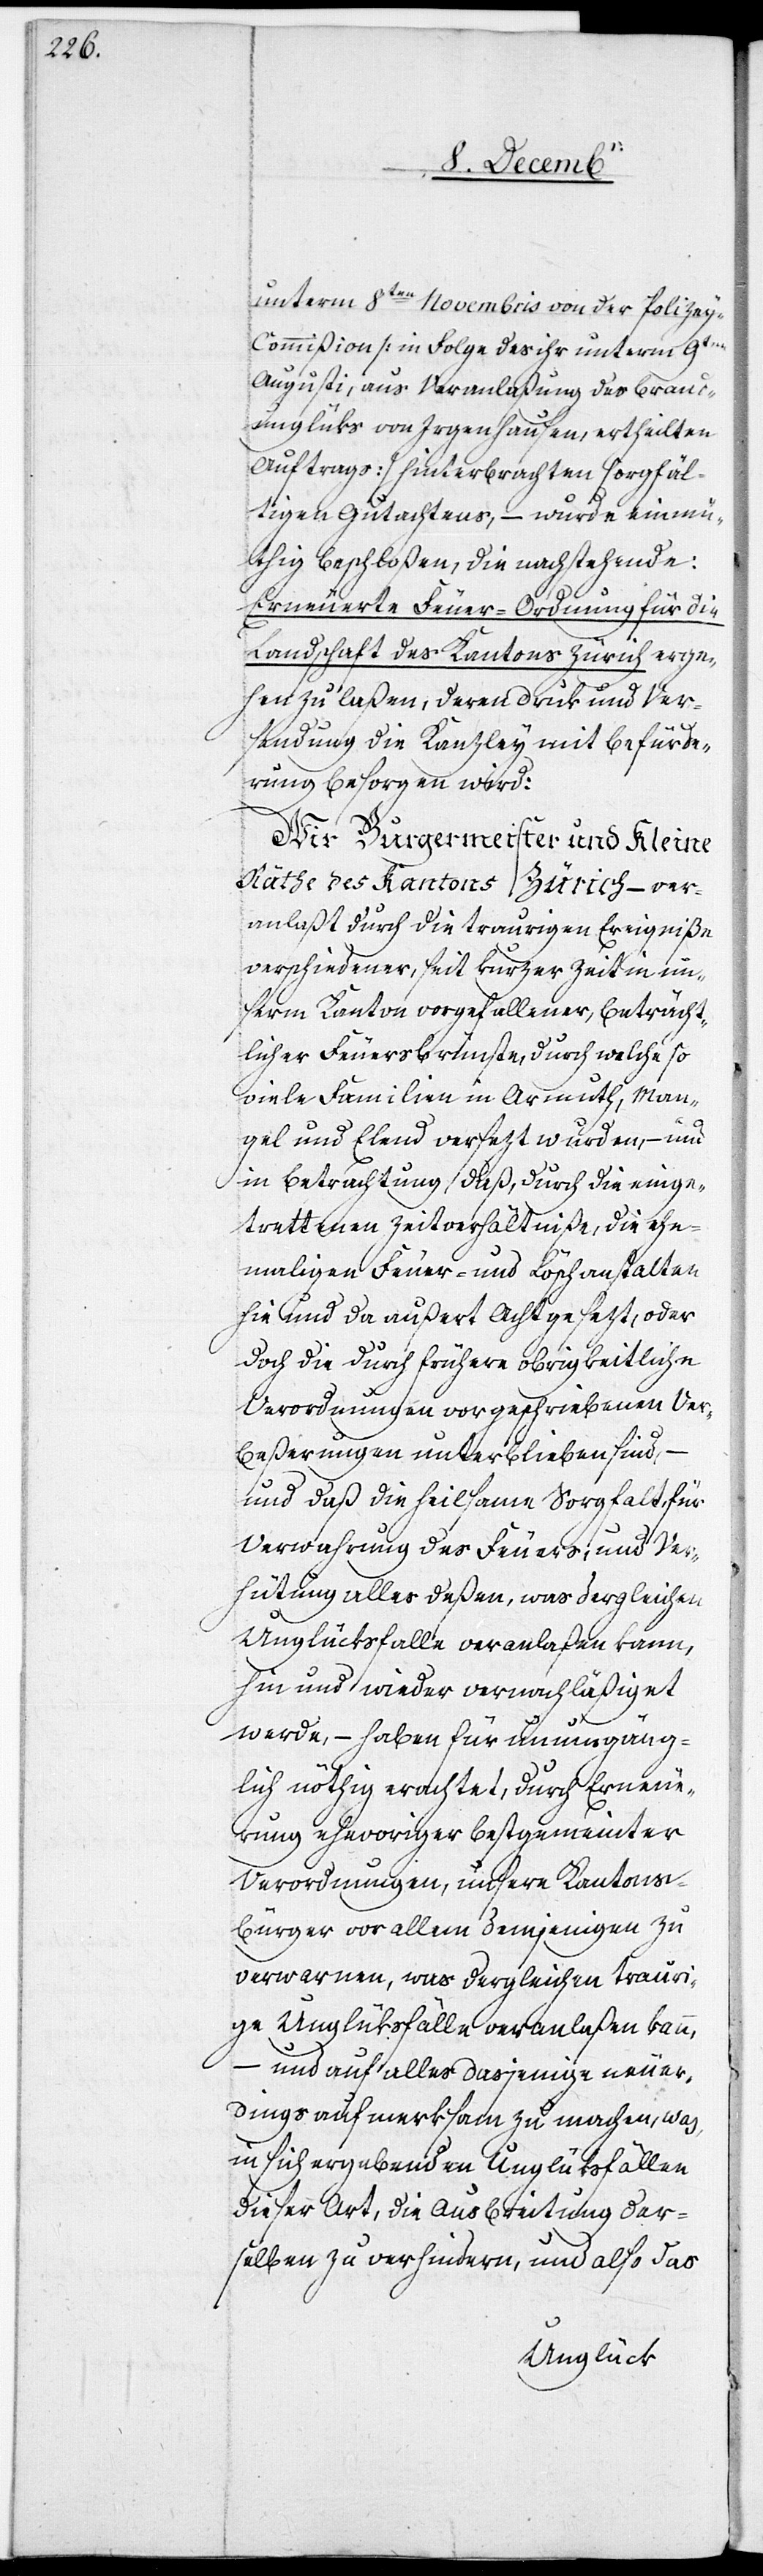
unterm 8ten Novembris von der Polize¬
y-Commißion [in Folge des ihr unterm 9ten
Augusti, aus Veranlaßung des Brand¬
unglüks von Irgenhausen, ertheilten
Auftrags] hinterbrachten sorgfäl¬
tigen Gutachtens, – wurde einmü¬
thig beschloßen, die nachstehende:
Erneuerte Feuer-Ordnung für die
Landschaft des Kantons Zürich erge¬
hen zu laßen, deren Druk und Ver¬
sendung die Kanzley mit Befürde¬
rung besorgen wird:
Wir Burgermeister und Kleine
Räthe des Kantons Zürich – ver¬
anlaßt durch die traurigen Ereigniße
verschiedener, seit kurzer Zeit in un¬
serm Kanton vorgefallener, beträcht¬
licher Feuersbrünste, durch welche so
viele Familien in Armuth, Man¬
gel und Elend versezt wurden, – und
in Betrachtung daß, durch die einge¬
trettenen Zeitverhältniße, die ehe¬
maligen Feuer- und Löschanstalten
hie und da außert Acht gesezt, oder
doch die durch frühere obrigkeitliche
Verordnungen vorgeschriebenen Ver¬
beßerungen unterblieben sind,
und daß die heilsame Sorgfalt, für
Verwahrung des Feuers, und Ver¬
hütung alles deßen, was dergleiche¬
hin und wieder vernachläßiget
werde, – haben für unumgäng¬
lich nöthig erachtet, durch Erneue¬
rung ehevoriger bestgemeinter
Verordnungen, unsere Kantons¬
bürger vor allem demjenigen zu
verwarnen, was dergleichen trauri¬
ge Unglüksfälle veranlaßen kann,
– und auf alles dasjenige neuer¬
dings aufmerksam zu machen, was
in sich ergebenden Unglüksfällen
dieser Art, die Ausbreitung der¬
selben zu verhindern, und also das